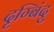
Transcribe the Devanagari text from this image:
दृग्बिंदु